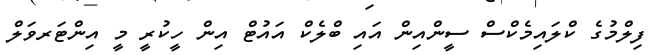
ފިލްމުގެ ކްލައިމެކްސް ސީންއިން އައި ބްލެކް އައުޓް އިން ހީކުރީ މީ އިންޓަރވަލް